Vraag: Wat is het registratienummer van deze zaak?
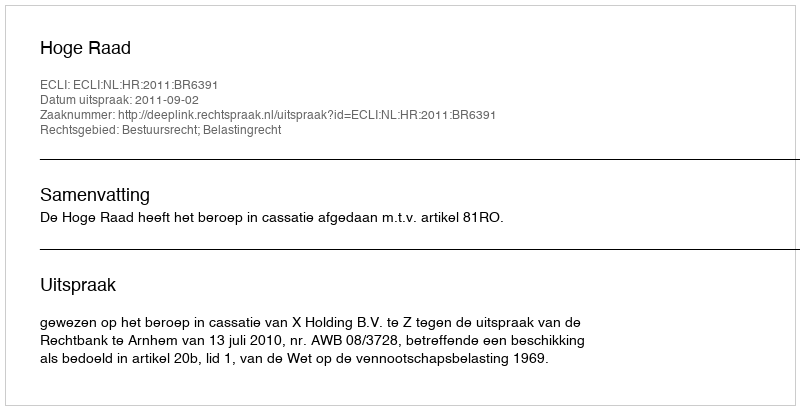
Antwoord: http://deeplink.rechtspraak.nl/uitspraak?id=ECLI:NL:HR:2011:BR6391